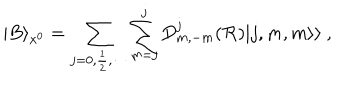
| B \rangle _ { x ^ { 0 } } = \sum _ { j = 0 , \frac { 1 } { 2 } , \cdots } \sum _ { m = j } ^ { j } D _ { m , - m } ^ { j } ( { \cal R } ) | j , m , m \rangle \rangle ~ ,